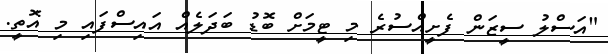
"އަސްލު ސީޒަން ފެށީއްސުރެ މި ޓީމަށް ބޮޑު ބަދަލެއް އައިސްފައި މި އޮތީ.